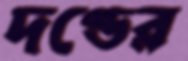
দণ্ডের